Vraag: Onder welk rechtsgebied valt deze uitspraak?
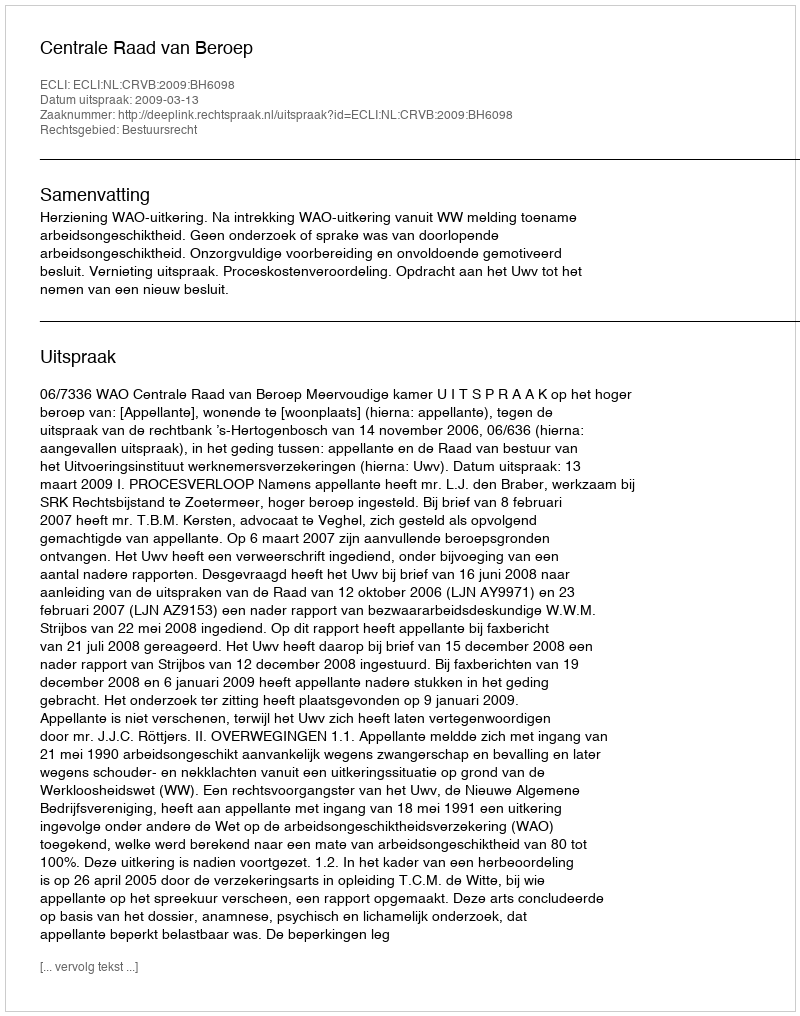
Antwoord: Bestuursrecht